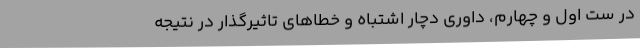
در ست اول و چهارم، داوری دچار اشتباه و خطاهای تاثیرگذار در نتیجه